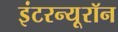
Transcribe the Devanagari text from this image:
इंटरन्यूरॉन